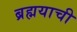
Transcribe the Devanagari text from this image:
ब्रह्मयाची